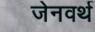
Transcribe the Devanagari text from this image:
जेनवर्थ